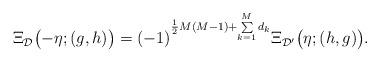
LaTeX: \begin{gather*} \Xi_{\mathcal{D}}\bigl({-}\eta;(g,h)\bigr) =(-1)^{\frac12M(M-1)+\sum\limits_{k=1}^Md_k} \Xi_{\mathcal{D}'}\bigl(\eta;(h,g)\bigr).\end{gather*}